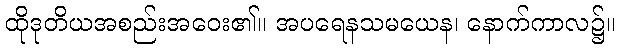
ထိုဒုတိယအစည်းအဝေး၏။ အပရေနသမယေန၊ နောက်ကာလ၌။